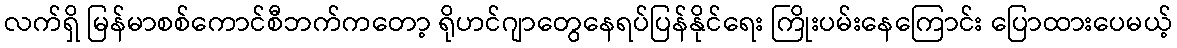
လက်ရှိ မြန်မာစစ်ကောင်စီဘက်ကတော့ ရိုဟင်ဂျာတွေနေရပ်ပြန်နိုင်ရေး ကြိုးပမ်းနေကြောင်း ပြောထားပေမယ့်